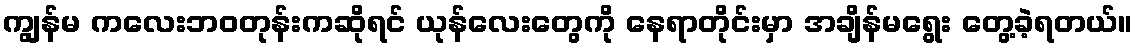
ကျွန်မ ကလေးဘဝတုန်းကဆိုရင် ယုန်လေးတွေကို နေရာတိုင်းမှာ အချိန်မရွေး တွေ့ခဲ့ရတယ်။